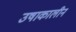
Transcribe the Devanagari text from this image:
उषाकालीन